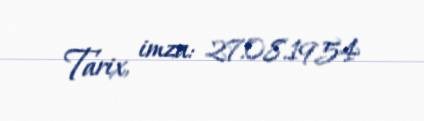
Tarix, imza: 27.08.1954